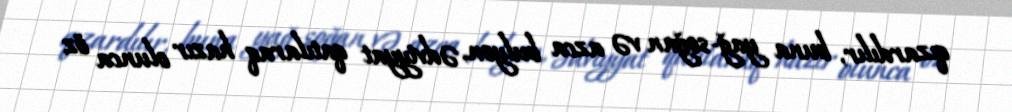
qızardılır, buna yağ-soğan və azca bulyon, ədviyyat qatılaraq hazır olunca öz